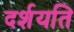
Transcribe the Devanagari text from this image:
दर्शयति